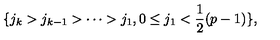
\{ j _ { k } > j _ { k - 1 } > \cdots > j _ { 1 } , 0 \leq j _ { 1 } < \frac { 1 } { 2 } ( p - 1 ) \} ,